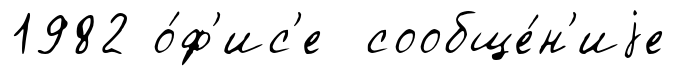
1982 о́ф'ис'е сообще́н'иjе